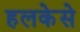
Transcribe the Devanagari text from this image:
हलकेसे